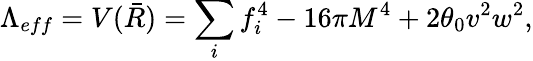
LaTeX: \Lambda_{eff}=V(\bar{R})=\sum_{i}f_{i}^{4}-16\pi M^{4}+2\theta_{0}v^{2}w^{2},